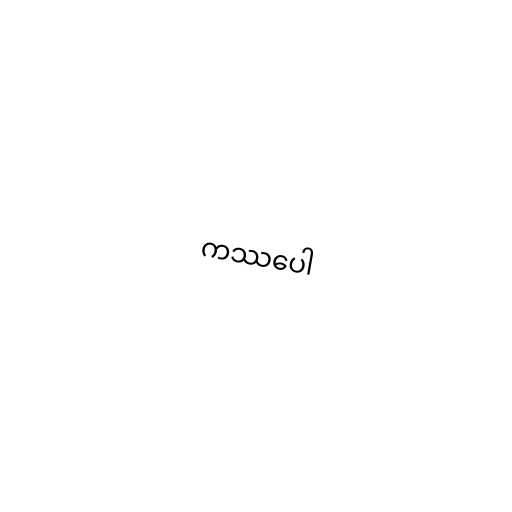
ကဿပေါ